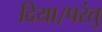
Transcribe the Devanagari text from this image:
दिया।परंतु